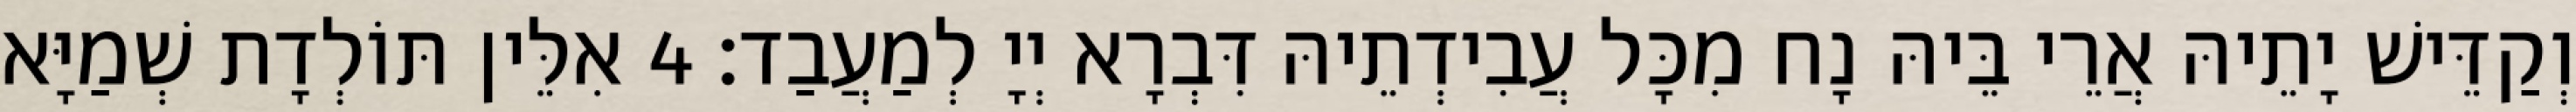
וְקַדֵּישׁ יָתֵיהּ אֲרֵי בֵּיהּ נָח מִכָּל עֲבִידְתֵיהּ דִּבְרָא יְיָ לְמַעֲבַד׃ 4 אִלֵּין תּוֹלְדָת שְׁמַיָּא